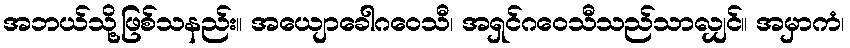
အဘယ်သို့ဖြစ်သနည်း။ အယျောခေါဂဝေသီ၊ အရှင်ဂဝေသီသည်သာလျှင်။ အမှာကံ၊